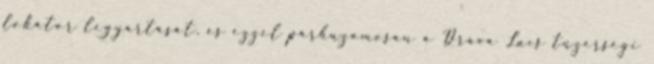
lokátor legyártását, és ezzel párhuzamosan a Dráva Lucs tüzérségi